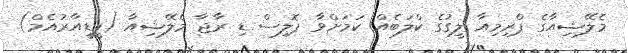
މެލޭޝިއާގެ ޕްރިމިއާ ލީގުގެ ކްލަބެއް ކަމަށްވާ ޕޮލިސް ޑި ރާޖާ މެލޭޝިއާ (ޕީޑީއާރުއެމް)